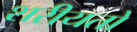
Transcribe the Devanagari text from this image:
शरीयतों